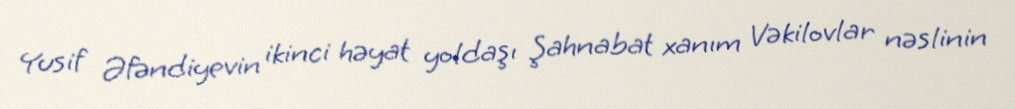
Yusif Əfəndiyevin ikinci həyat yoldaşı Şahnabat xanım Vəkilovlar nəslinin